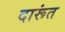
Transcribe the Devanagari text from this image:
दारूंत